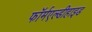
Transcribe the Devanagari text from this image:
फॉर्मएल्डीहाइड